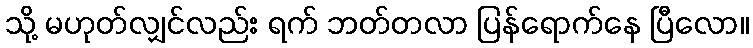
သို့ မဟုတ်လျှင်လည်း ရက် ဘတ်တလာ ပြန်ရောက်နေ ပြီလော။